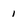
Character: 1